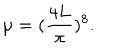
\mu = ( \frac { 4 L } { \pi } ) ^ { 8 } .